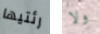
رئتيها ولا